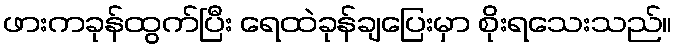
ဖားကခုန်ထွက်ပြီး ရေထဲခုန်ချပြေးမှာ စိုးရသေးသည်။